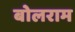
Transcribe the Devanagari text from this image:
बोलराम